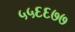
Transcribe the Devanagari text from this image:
५५६६७७